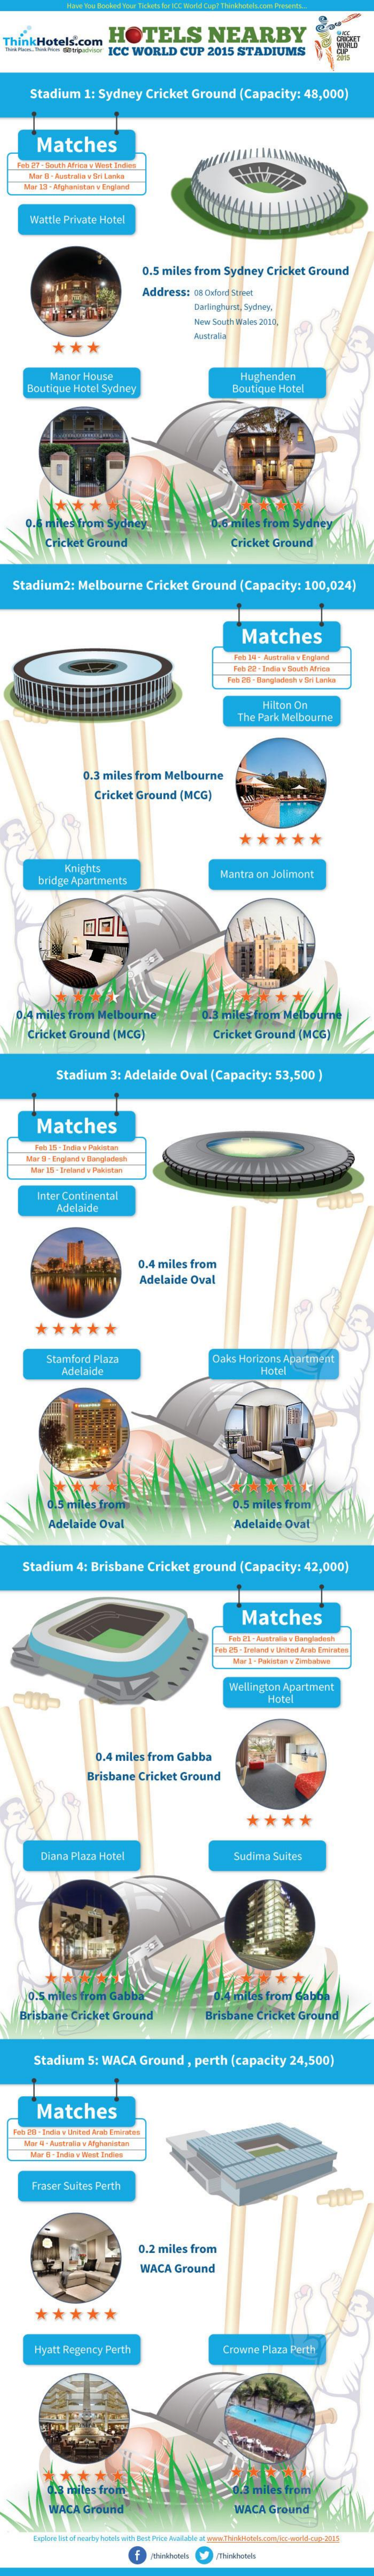
ThinkHotels.com
     TELS    NEARBY
     ICC WORLD  CUP 2015 STADIUMS
     H
     Stadium 1: Sydney Cricket Ground (Capacity: 48,000)
     Matches
     Mattle Private Hotel
     0.5 miles from Sydney Cricket Ground
     Address: sodond Sheet
     Darlinghunt, Sydney,
     New South Wwin 2000,
     ***
     Manor House
    Boutique Hotel Sydney
     Hughenden
     Boutique Hotel
     *
    o. hhet from Sydney    les from Sydney
     Cricket Ground    Cricket Ground
  Stadium2: Melbourne Cricket Ground (Capacity: 100,024)
     Matches
     Pub- 22 . Jradia v South Birine
     Hilton On
     The Park Melbourne
     0.3 miles from Melbourne
     Cricket Ground (MCG)
     *****
     Knights
     bridge Apartments
     Mantra on Jolimont
    5 miles from Melb
    Cricket Ground (MCG]    Cricket Ground (MOG)
     Stadium 3: Adelaide Oval [Capacity: 53,500 )
     Matches
     inter Continental
     Adelaide
     0.4 miles from
     Adelaide Oval
     ****
     Stamford Plaza    Daks Horizons Apartment
     Adelaide    Hotel
     miles from    0.5 miles from
     Adelaide Oval    Adelaide Oval
   Stadium 4: Brisbane Cricket ground (Capacity: 42,000)
     Matches
     ....
     Welington Apartment
     Figtel
     0.4 miles from Gabba
     Brisbane Cricket Ground
     ****
     Diana Plaza Hotel    Sudima Suites
    0.5 miles From Gabb
   Brisbane Cricket Ground   Brisbane Cricket Grou
     Stadium 5: WACA Ground , perth (capacity 24,500)
     Matches
     Fraser Suites Perth
     0.2 miles from
     WACA Ground
     *****
     Hyatt Regency Perth    Crowne Plaza Perth
     1.3 miles from
     WACA Ground    WACA Ground
     Pinkhotels (Thinkhotels